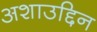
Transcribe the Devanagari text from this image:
अशाउद्दिन